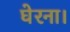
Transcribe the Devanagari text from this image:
घेरना।